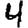
Digit: 4